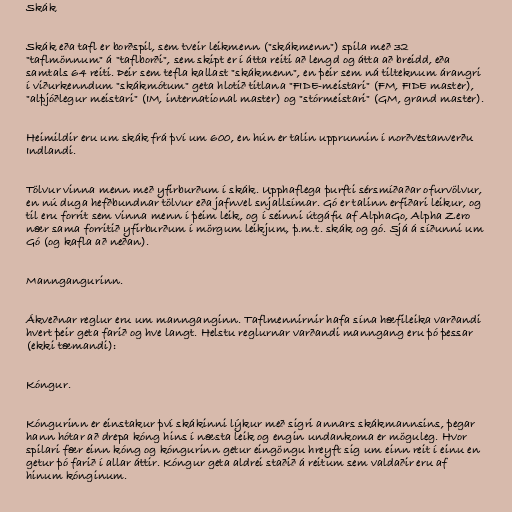
Skák

Skák eða tafl er borðspil, sem tveir leikmenn ("skákmenn") spila með 32
"taflmönnum" á "taflborði", sem skipt er í átta reiti að lengd og átta að breidd, eða
samtals 64 reiti. Þeir sem tefla kallast "skákmenn", en þeir sem ná tilteknum árangri
í viðurkenndum "skákmótum" geta hlotið titlana "FIDE-meistari" (FM, FIDE master),
"alþjóðlegur meistari" (IM, international master) og "stórmeistari" (GM, grand master).

Heimildir eru um skák frá því um 600, en hún er talin upprunnin í norðvestanverðu
Indlandi.

Tölvur vinna menn með yfirburðum í skák. Upphaflega þurfti sérsmíðaðar ofurvölvur,
en nú duga hefðbundnar tölvur eða jafnvel snjallsímar. Gó er talinn erfiðari leikur, og
til eru forrit sem vinna menn í þeim leik, og í seinni útgáfu af AlphaGo, Alpha Zero
nær sama forritið yfirburðum í mörgum leikjum, þ.m.t. skák og gó. Sjá á síðunni um
Gó (og kafla að neðan).

Manngangurinn.

Ákveðnar reglur eru um mannganginn. Taflmennirnir hafa sína hæfileika varðandi
hvert þeir geta farið og hve langt. Helstu reglurnar varðandi manngang eru þó þessar
(ekki tæmandi):

Kóngur.

Kóngurinn er einstakur því skákinni lýkur með sigri annars skákmannsins, þegar
hann hótar að drepa kóng hins í næsta leik og engin undankoma er möguleg. Hvor
spilari fær einn kóng og kóngurinn getur eingöngu hreyft sig um einn reit í einu en
getur þó farið í allar áttir. Kóngur geta aldrei staðið á reitum sem valdaðir eru af
hinum kónginum.